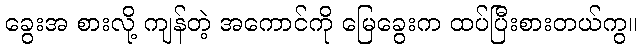
ခွေးအ စားလို့ ကျန်တဲ့ အကောင်ကို မြေခွေးက ထပ်ပြီးစားတယ်ကွ။